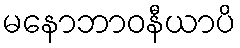
မနောဘာဝနီယာပိ